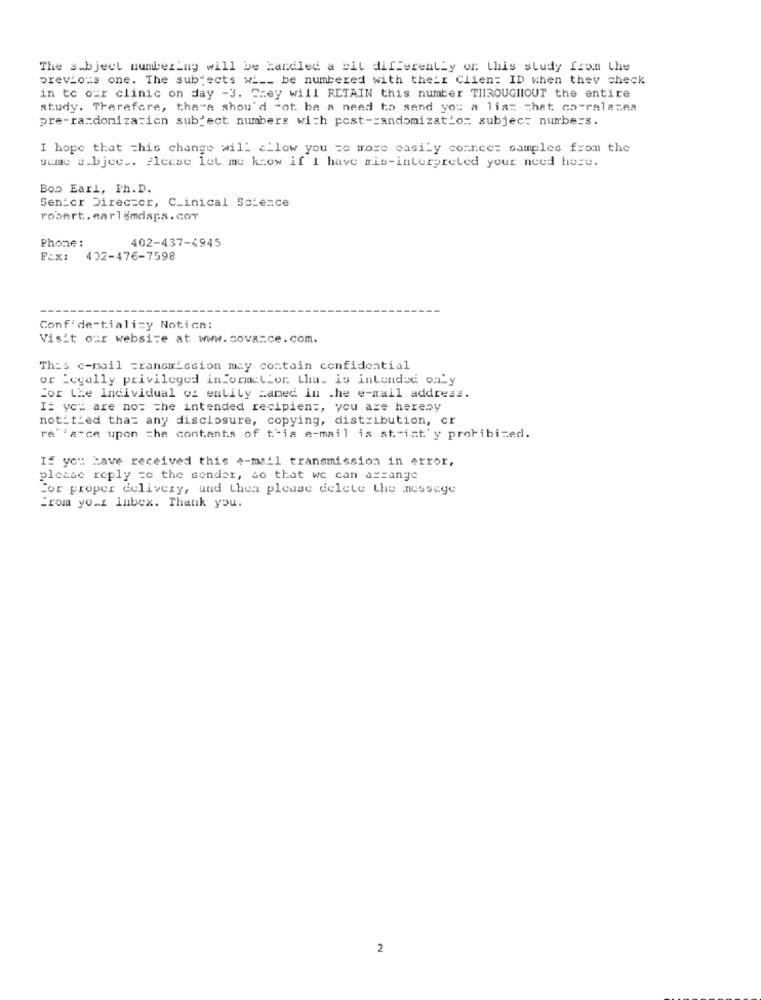
The subject numbering will be handled a bit differentLy or. this study from the
previous one. The subjects wi __ be numbered with their Clien: ID when they check
in to our clinic on day -3. "cey will RETAIN this number THROUGHOUT the entire
study. Therefore, there shou'd "ot be a need to send you a list that co-ralasea
pre-ra=donization subject numbers with post-randomization subjec: numbers.
I hope that =his change will allow you ze more easily connec: samples from the
suac #.bjec .. Please let me know if I have mis-interpreted your need here.
Bow Earl, Ph. D.
Senior Director, C_inical Science
robert. carlemdans. cor
Phone :
402-437-4945
Fax:
402-476-7598
Conf'de-tializy Notice:
Visit our website at www.covarce.com.
This e-mail =ransmission may contain confidential
or Legally privileged informelLor. thu. is intended only
for the individual of entily zamed in the e-mail address.
I: yo: are not The intended recipient, you are hereby
notified that any disclosure, copying, distribution, cr
re' 'a-ce upon che contants of this e-mail is strict'y prohibited.
If you have received this e-mail transmission in error,
please reply =e the sender, so that we can arrange
For proper delivery, und then please delete the message
From yo.i inbex. Thank you.
2